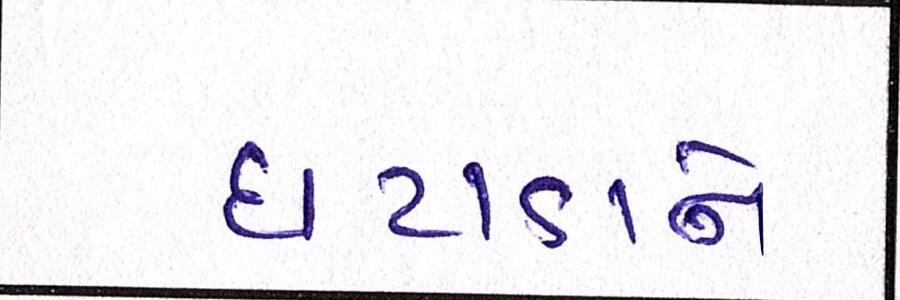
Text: ઘટાડાને